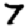
Digit: 7